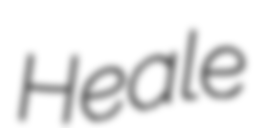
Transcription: Heale